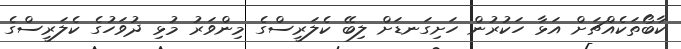
ކާބޯތަކެއްޗަށް އަޅާ ހަކުރުން ހަށިގަނޑަށް ލިބޭ ކެލަރީސްގެ މިންވަރު މުޅި ދުވަހުގެ ކެލަރީސްގެ